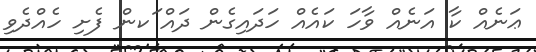
ޢަނެއް ކާ އަނެއް ވާހަ ކައެއް ހަަދައިގެން ދައް ަކން ފެށި ހެއްދެވި